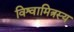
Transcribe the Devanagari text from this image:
विश्वामित्रस्य